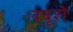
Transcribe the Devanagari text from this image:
ददृशे